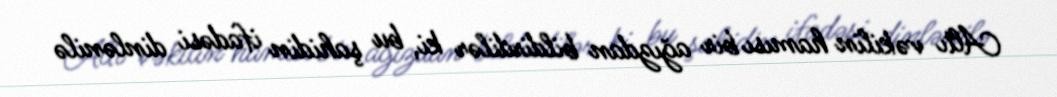
Altı vəkilin hamısı bir ağızdan bildirdilər ki, bu şahidin ifadəsi dinlənilə